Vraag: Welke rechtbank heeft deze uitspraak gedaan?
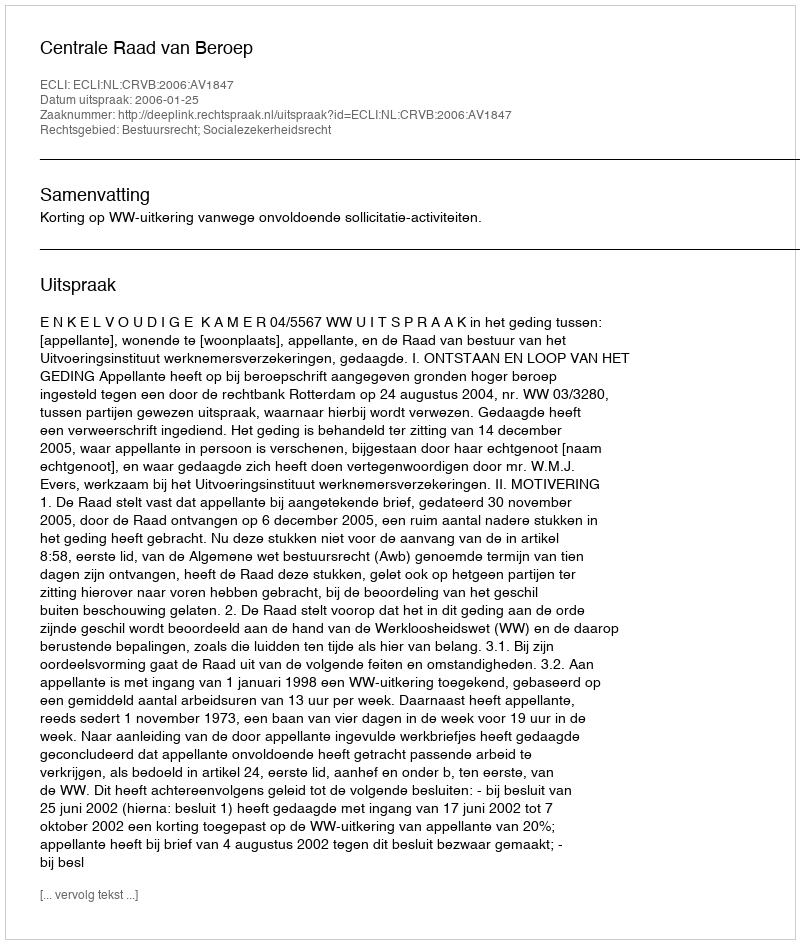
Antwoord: Centrale Raad van Beroep